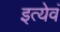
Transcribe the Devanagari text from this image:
इत्येवं